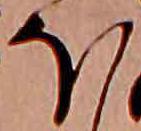
ほ